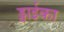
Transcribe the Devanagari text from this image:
ड्वाईका